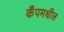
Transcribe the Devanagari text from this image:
कँपमधील